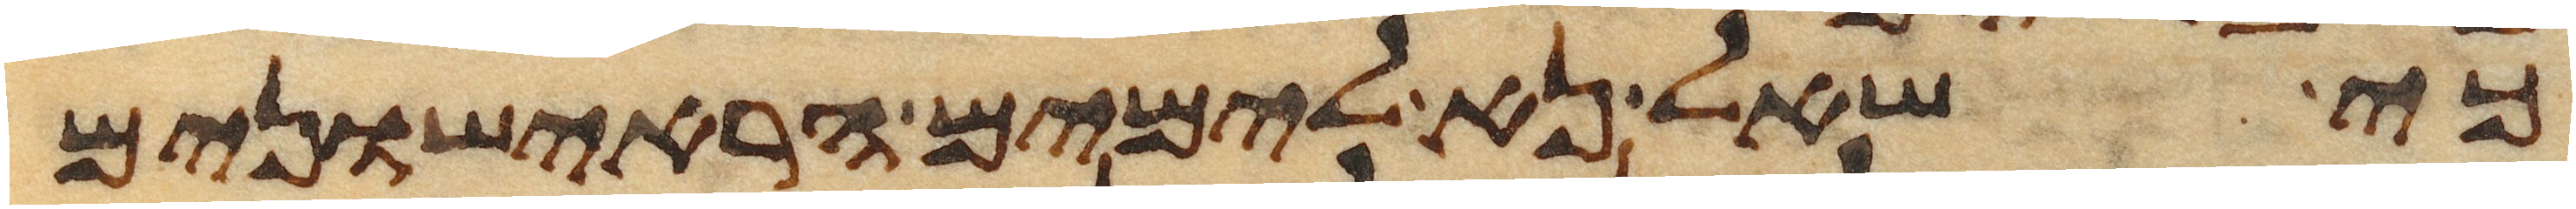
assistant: כי שאל נא לימים הראישונים